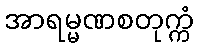
အာရမ္မဏစတုက္ကံ